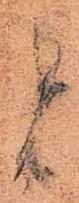
と